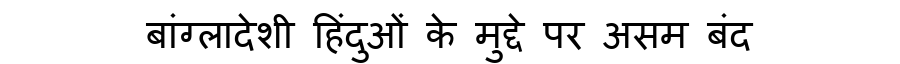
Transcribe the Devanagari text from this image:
बांग्लादेशी हिंदुओं के मुद्दे पर असम बंद